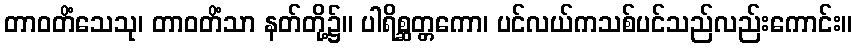
တာဝတိံသေသု၊ တာဝတိံသာ နတ်တို့၌။ ပါရိစ္ဆတ္တကော၊ ပင်လယ်ကသစ်ပင်သည်လည်းကောင်း။